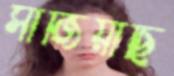
সাজিয়াছি